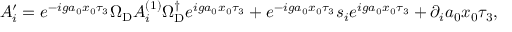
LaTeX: A _ { i } ^ { \prime } = e ^ { - i g a _ { 0 } x _ { 0 } \tau _ { 3 } } \Omega _ { \mathrm { D } } A _ { i } ^ { ( 1 ) } \Omega _ { \mathrm { D } } ^ { \dagger } e ^ { i g a _ { 0 } x _ { 0 } \tau _ { 3 } } + e ^ { - i g a _ { 0 } x _ { 0 } \tau _ { 3 } } s _ { i } e ^ { i g a _ { 0 } x _ { 0 } \tau _ { 3 } } + \partial _ { i } a _ { 0 } x _ { 0 } \tau _ { 3 } ,